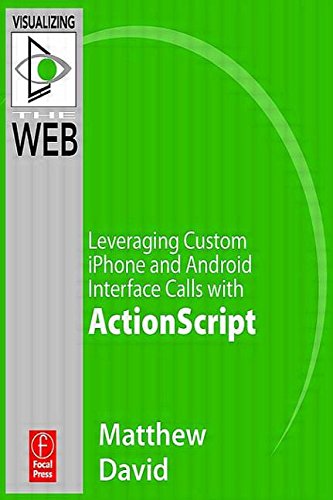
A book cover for Flash Mobile: Leveraging Custom Android Interface Calls with ActionScript (Visualizing the Web); Matthew David; Computers & Technology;